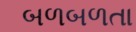
બળબળતા